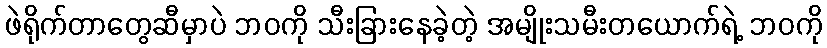
ဖဲရိုက်တာတွေဆီမှာပဲ ဘဝကို သီးခြားနေခဲ့တဲ့ အမျိုးသမီးတယောက်ရဲ့ ဘဝကို